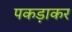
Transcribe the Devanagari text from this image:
पकड़ाकर